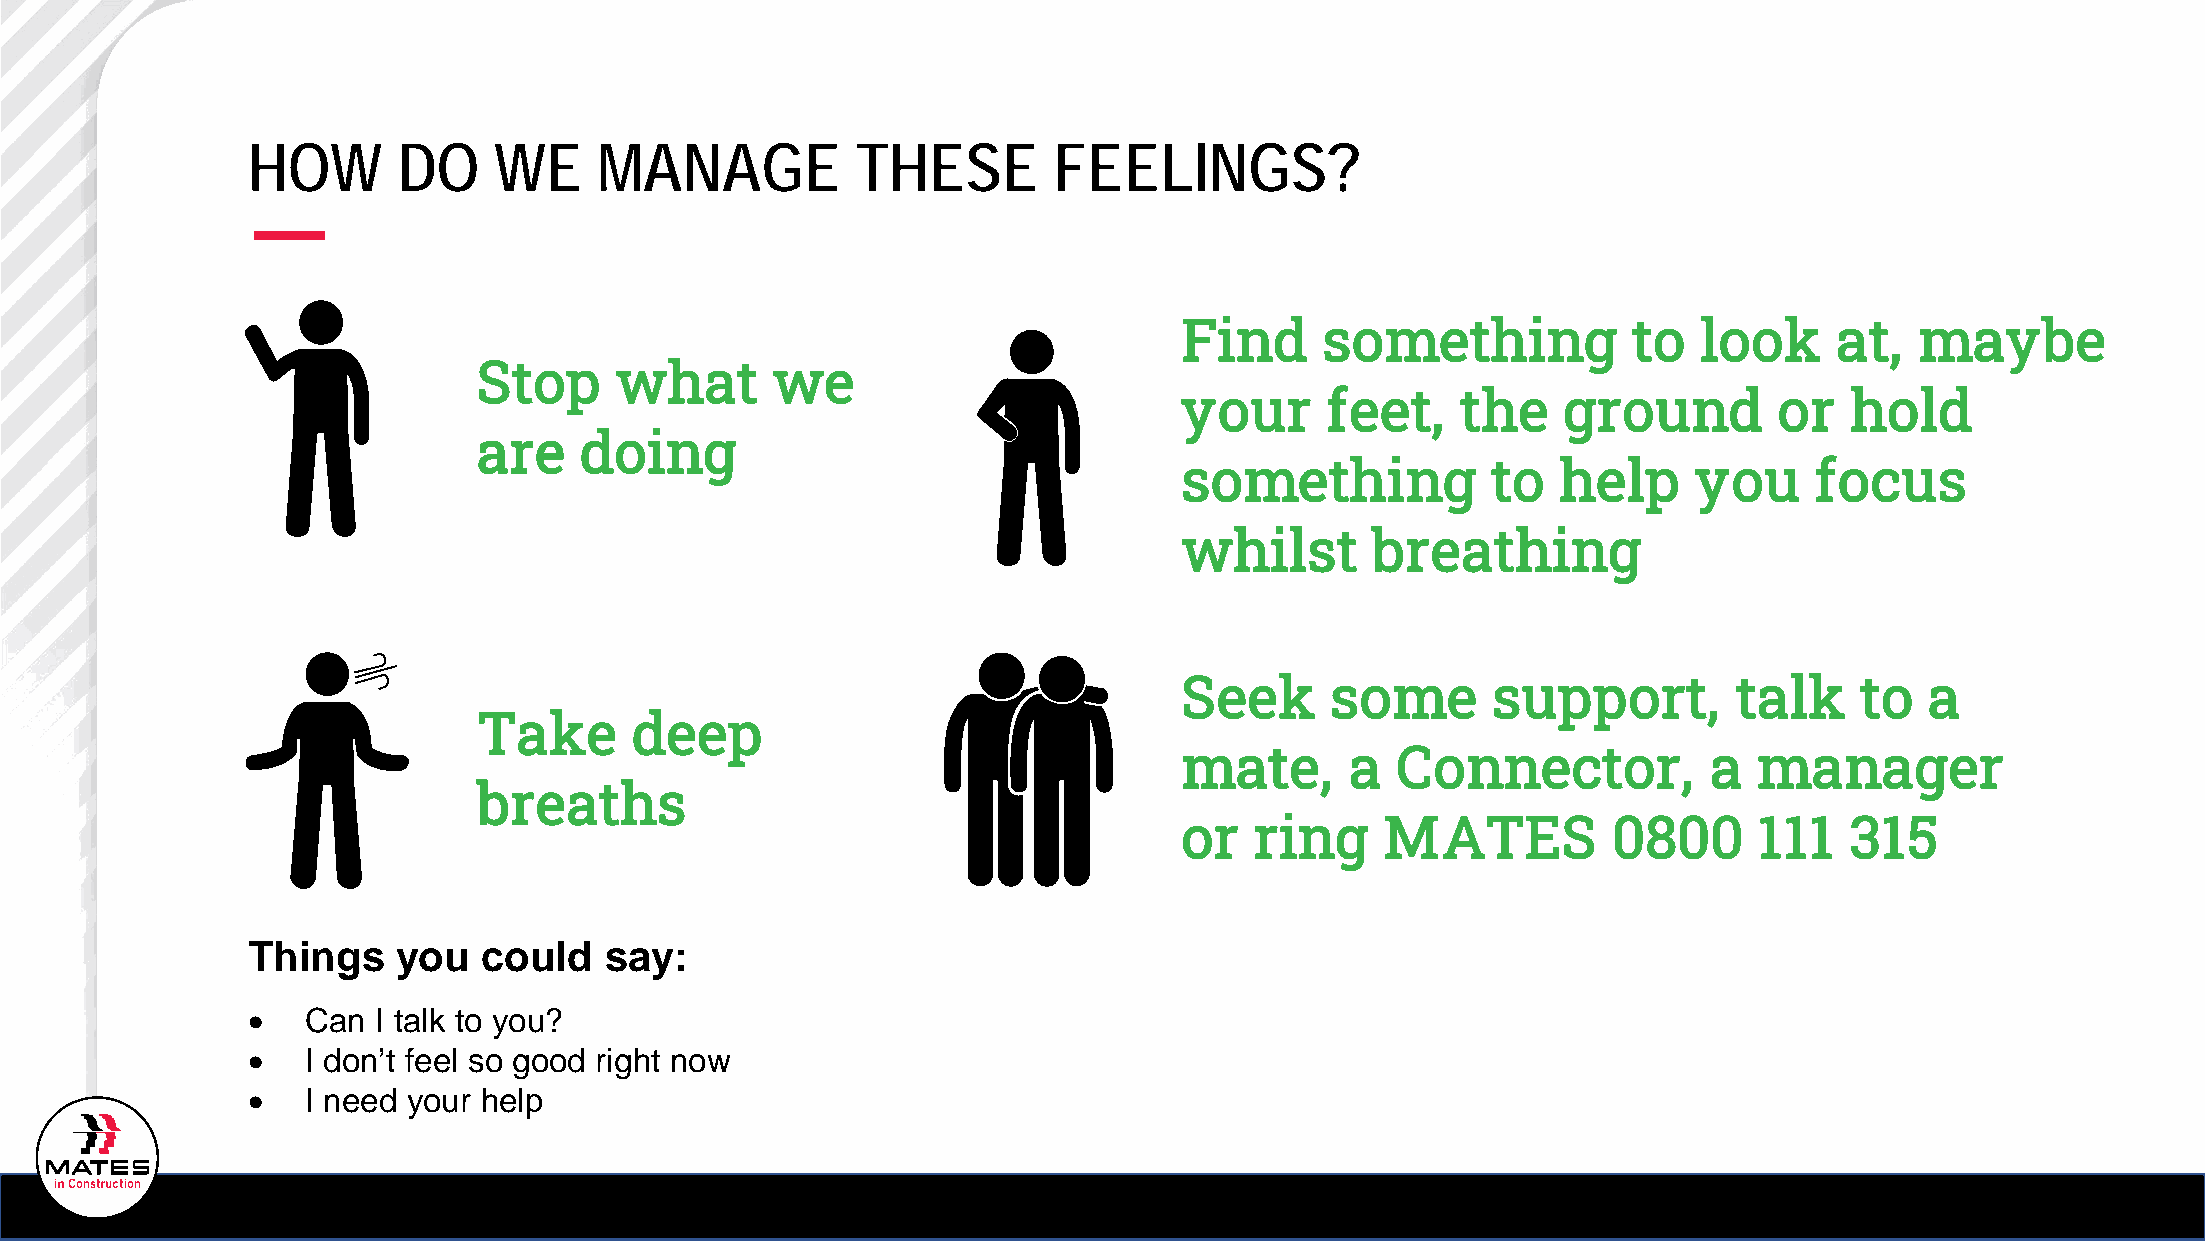
HOW       DO     WE     MANAGE           THESE        FEELINGS?
 Find      something           to   look     at,  maybe
 Stop     what      we
 your      feet,    the   ground         or  hold
 are   doing
 something            to  help     you     focus
 whilst       breathing
 Seek      some       support,        talk    to   a
 Take      deep
 mate,      a  Connector,           a  manager
 breaths
 or   ring     MATES          0800     111   315
 Things    you   could   say:
 •   Can  I talk to you?
 •   I don’t feel so good right now
 •   I need your help